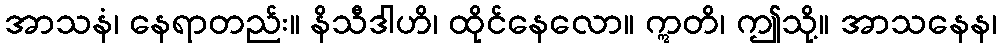
အာသနံ၊ နေရာတည်း။ နိသီဒါဟိ၊ ထိုင်နေလော။ ဣတိ၊ ဤသို့။ အာသနေန၊